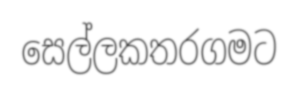
සෙල්ලකතරගමට